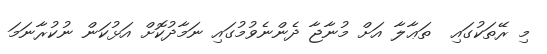
މި ރޭތަކުގައި  ތަޢާލާ އަށް މުނާޖާ ދެންނެވުމުގައި ނަމާދުކޮށް އަޅުކަން ނުކުރާނަމަ